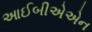
આઈબીએએન